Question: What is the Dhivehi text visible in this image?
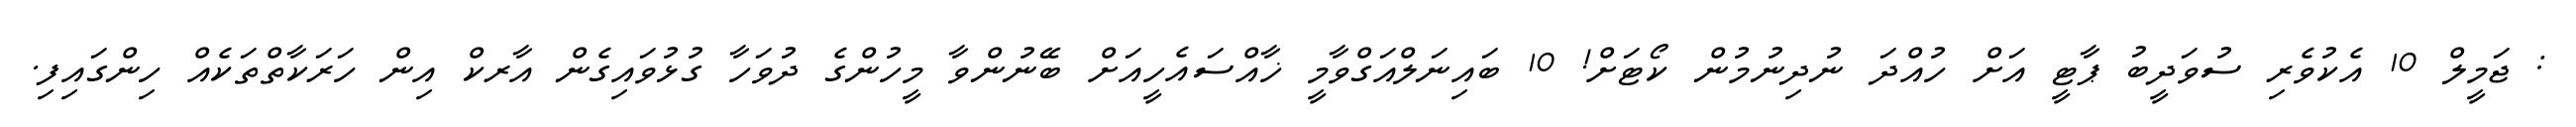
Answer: : ޖަމީލް 10 އެކުވެރި ސުވަދީބު ޕާޓީ އަށް ހުއްދަ ނުދިނުމުން ކޯޓަށް! 10 ބައިނަލްއަގްވާމީ ޚާއްސައެހީއަށް ބޭނުންވާ މީހުންގެ ދުވަހާ ގުޅުވައިގެން އާރކް އިން ހަރަކާތްތަކެއް ހިންގައިފި.